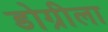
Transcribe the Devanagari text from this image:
डोग्रीला